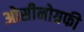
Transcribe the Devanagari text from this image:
ओसीनोग्रफी